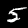
Label: 5